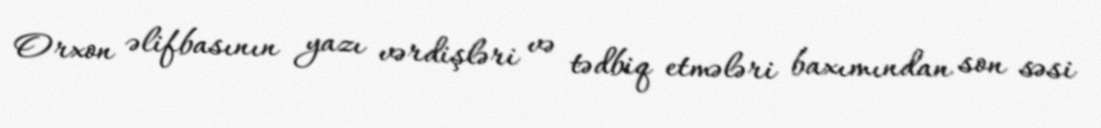
Orxon əlifbasının yazı vərdişləri və tədbiq etmələri baxımından son səsi